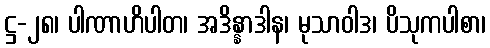
ဋ္ဌ-၂၈၊ ပါဏာဟိပါတ၊ အဒိန္နာဒါန၊ မုသာဝါဒ၊ ပိသုကပါစာ၊